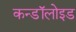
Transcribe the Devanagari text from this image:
कन्डॉलोइड